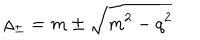
\rho _ { \pm } = m \pm \sqrt { m ^ { 2 } - q ^ { 2 } }